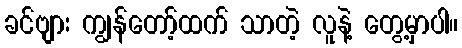
ခင်ဗျား ကျွန်တော့်ထက် သာတဲ့ လူနဲ့ တွေ့မှာပါ။